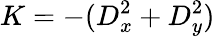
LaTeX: K=-(D_{x}^{2}+D_{y}^{2})